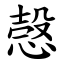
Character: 愨